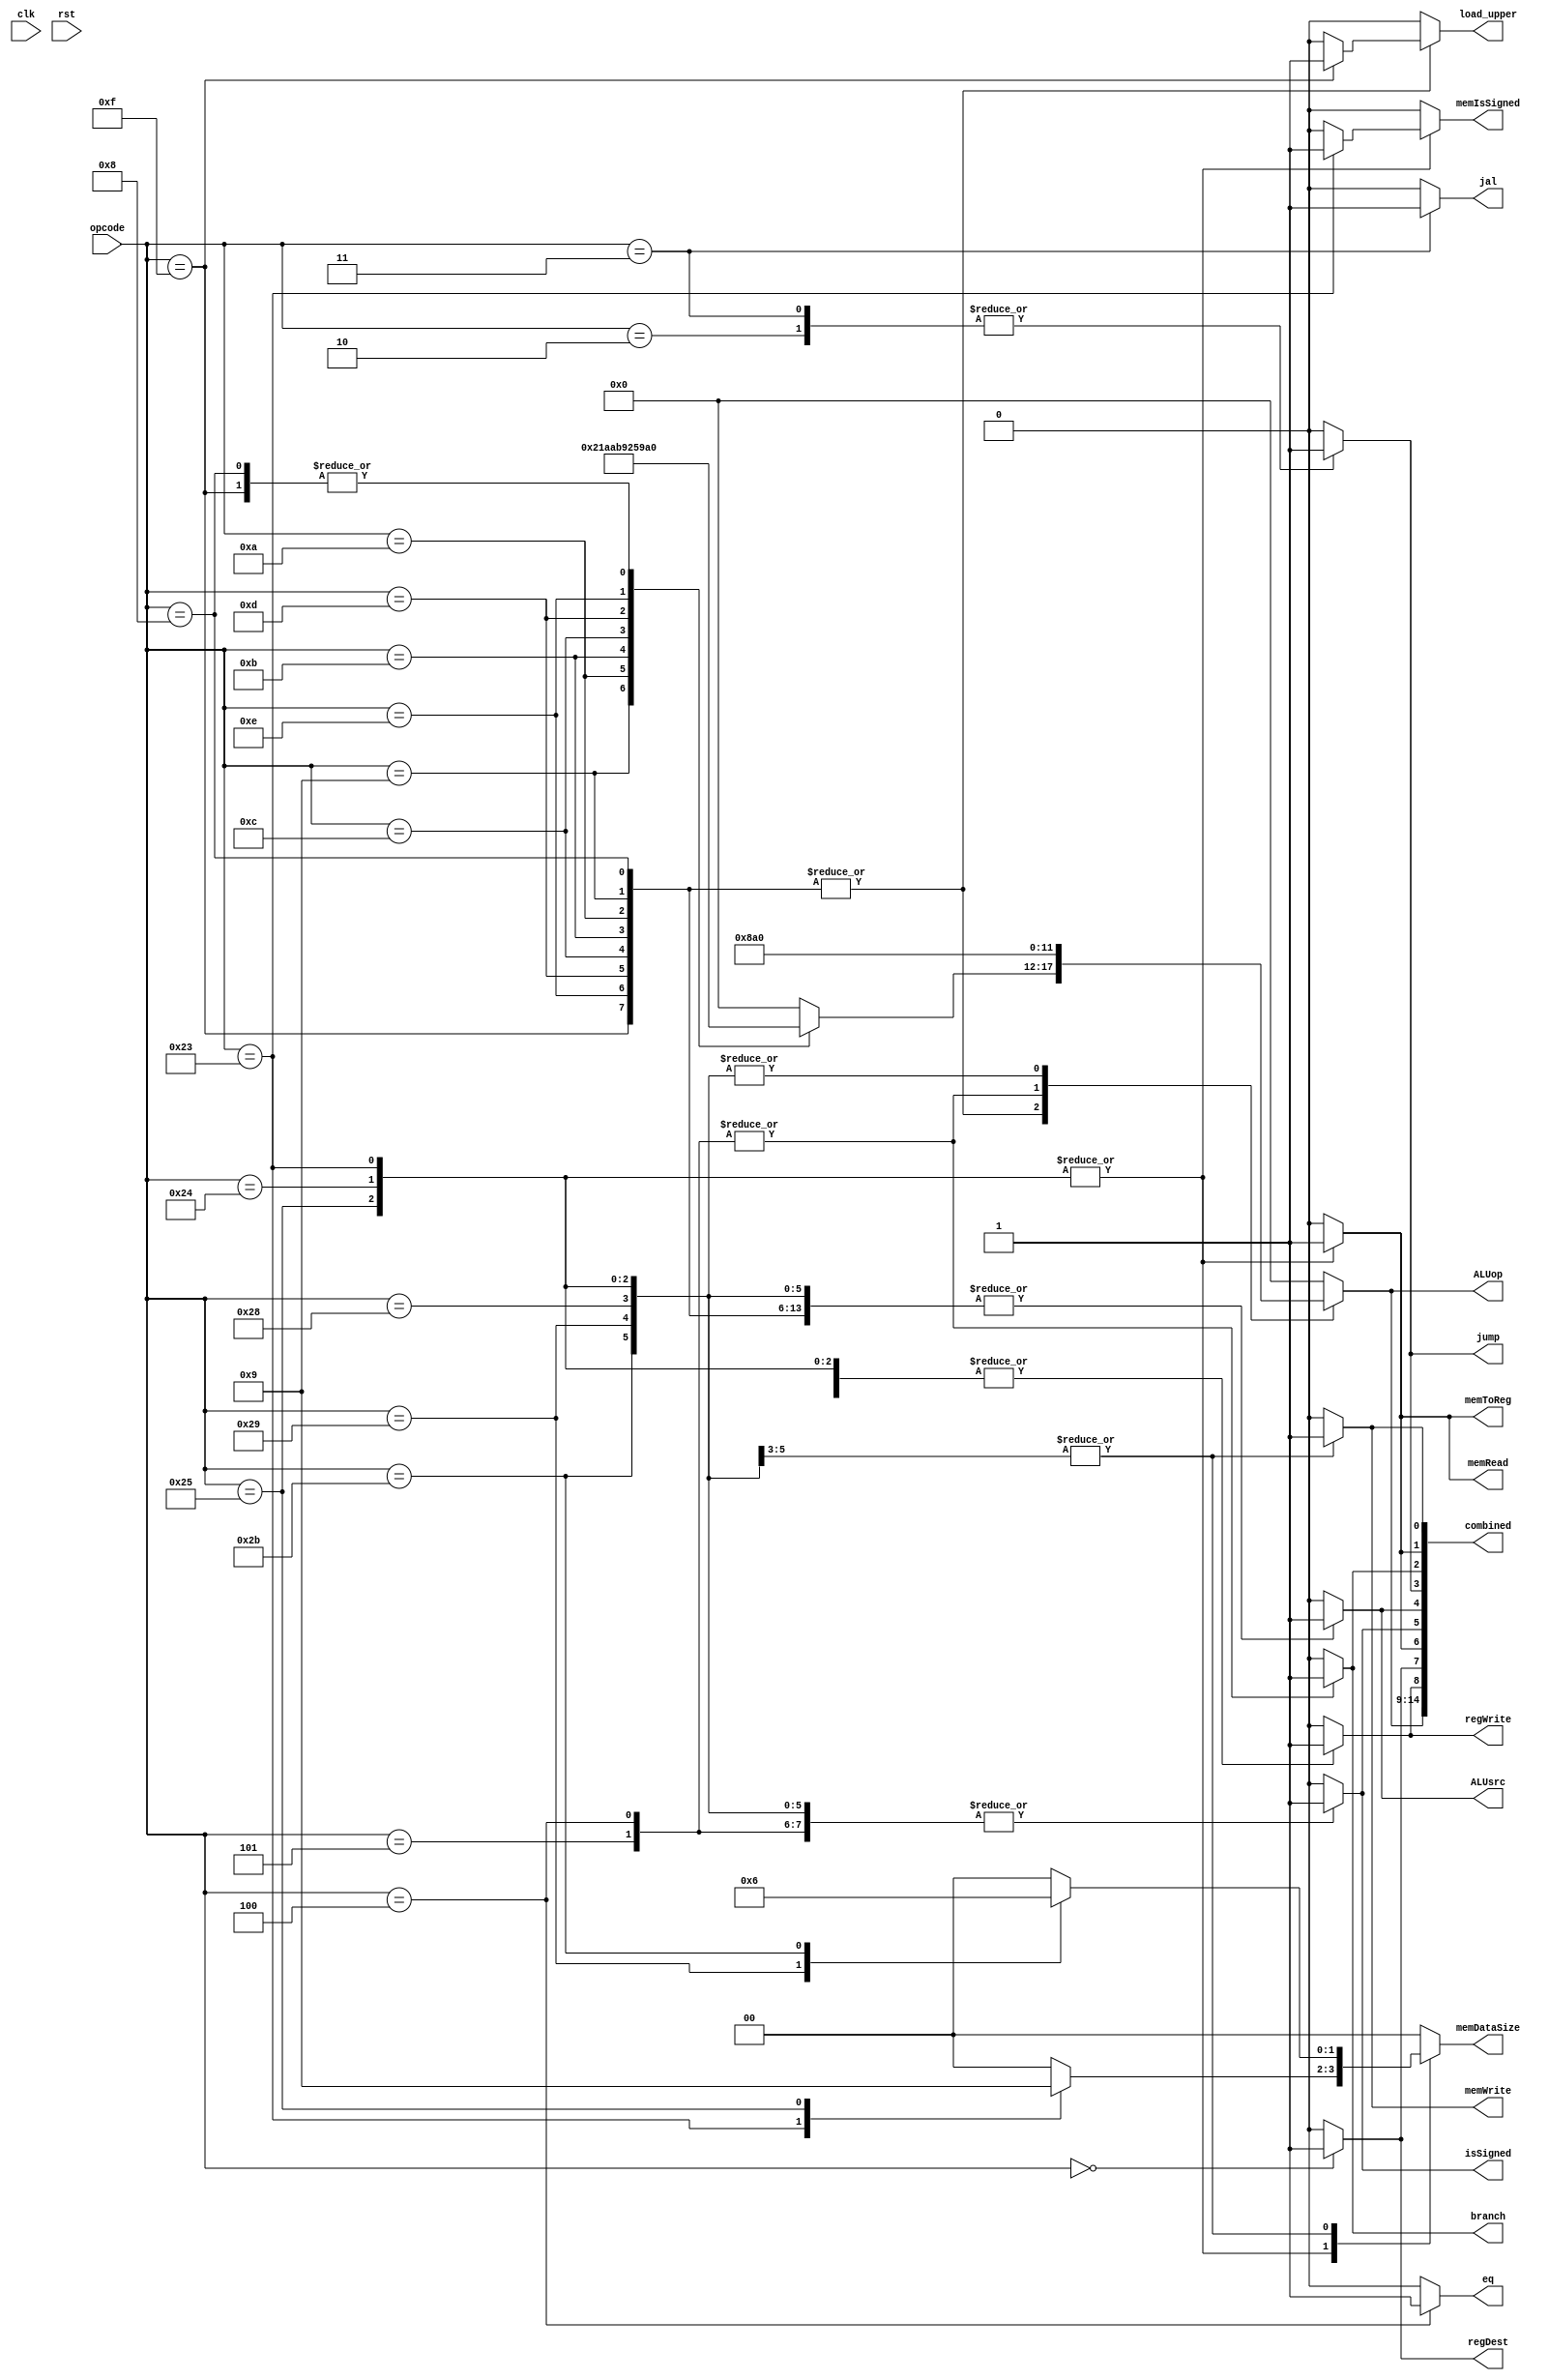
/*
DESCRIPTION

NOTES

TODO

*/

module controller_r0 #(
	parameter OP_WIDTH = 6,
	parameter ALUOP_WIDTH = 6,
	parameter DELAY = 0
)(
	input  clk,
	input  rst,
	input  [OP_WIDTH-1:0] opcode,

	output reg [ALUOP_WIDTH-1:0] ALUop,

	output reg regWrite,
	output reg regDest,
	output reg memToReg,

	output reg load_upper,
	output reg isSigned,
	output reg ALUsrc,

	output reg jump,
	output reg jal,
	output reg branch,
	output reg eq,

	output reg memRead,
	output reg memWrite,

	output reg memIsSigned,
	output reg [1:0] memDataSize,

	output [ALUOP_WIDTH+9-1:0] combined
);

/**********
 * Internal Signals
**********/

/**********
 * Glue Logic
 **********/
 always @(opcode) begin

 ALUop       <= {ALUOP_WIDTH{1'b0}};

 regWrite    <= 1'b0;
 regDest     <= 1'b0;
 memToReg    <= 1'b0;

 load_upper  <= 1'b0;
 isSigned    <= 1'b0;
 ALUsrc      <= 1'b0;

 jump        <= 1'b0;
 jal         <= 1'b0;
 branch      <= 1'b0;
 eq          <= 1'b0;

 memRead     <= 1'b0;
 memWrite    <= 1'b0;
 memIsSigned <= 1'b0;
 memDataSize <= 2'b0;


 case(opcode)
	//0x00 - r-type
	{OP_WIDTH{1'b0}} : begin
		regWrite <= 1'b1;
		regDest  <= 1'b1;
	end

	//immediate arith and lui
	6'h08, 6'h09, 6'h0A, 6'h0B, 6'h0C, 6'h0D, 6'h0E, 6'h0F : begin
		regWrite <= 1'b1;
		ALUsrc   <= 1'b1;

		//lookup table for ALUop mappings
		//maps opcode to function codes
		case(opcode)
			6'h08 : ALUop <= 6'h20;
			6'h09 : ALUop <= 6'h21;
			6'h0A : ALUop <= 6'h2A;
			6'h0B : ALUop <= 6'h2B;
			6'h0C : ALUop <= 6'h24;
			6'h0D : ALUop <= 6'h25;
			6'h0E : ALUop <= 6'h26;
			6'h0F : begin //lui
				ALUop      <= 6'h20;
				load_upper <= 1'b1;
			end
		endcase

	end

	//beq
	6'h04 : begin
		branch   <= 1'b1;
		ALUop    <= 6'h22; //subtract
		eq       <= 1'b1;
		isSigned <= 1'b1;
	end

	//bne
	6'h05 : begin
		branch <= 1'b1;
		ALUop  <= 6'h22; //subtract
		isSigned <= 1'b1;
	end

	//jump
	6'h02 : begin
		jump   <= 1'b1;
	end

	//jal
	6'h03 : begin
		jump     <= 1'b1;
		jal      <= 1'b1;
		regWrite <= 1'b1;
	end

	//load mem
	6'h23, 6'h24, 6'h25 : begin
		ALUop    <= 6'h20; //add
		ALUsrc   <= 1'b1;
		memRead  <= 1'b1;
		memToReg <= 1'b1;
		regWrite <= 1'b1;
		isSigned <= 1'b1;
		case(opcode)
			6'h23 : begin //lw
				memIsSigned <= 1'b1;
				memDataSize <= 2'b10;
			end
			6'h24 : begin //lbu
				memIsSigned <= 1'b0;
				memDataSize <= 2'b00;
			end
			6'h25 : begin //lhu
				memIsSigned <= 1'b0;
				memDataSize <= 2'b01;
			end
		endcase
	end

	//store mem
	6'h28, 6'h29, 6'h2B : begin
		ALUop    <= 6'h20; //add
		ALUsrc   <= 1'b1;
		memWrite <= 1'b1;
		isSigned <= 1'b1;
		case(opcode)
			6'h28 : begin //sb
				memIsSigned <= 1'b0;
				memDataSize <= 2'b00;
			end
			6'h29 : begin //sh
				memIsSigned <= 1'b0;
				memDataSize <= 2'b01;
			end
			6'h2B : begin //sw
				memIsSigned <= 1'b0;
				memDataSize <= 2'b10;
			end
		endcase
	end

 endcase

 end

/**********
 * Synchronous Logic
 **********/
/**********
 * Glue Logic
 **********/
/**********
 * Components
 **********/

/**********
 * Output Combinatorial Logic
 **********/

 //provides an easy way to register all of the control signals at once
 assign combined = {ALUop, regWrite, regDest, memToReg,
				isSigned, ALUsrc, jump, branch, memRead, memWrite};

endmodule